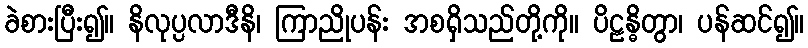
ခဲစားပြီး၍။ နိလုပ္ပလာဒီနိ၊ ကြာညိုပန်း အစရှိသည်တို့ကို။ ပိဠန္ဓိတွာ၊ ပန်ဆင်၍။